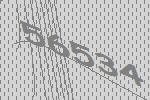
56534